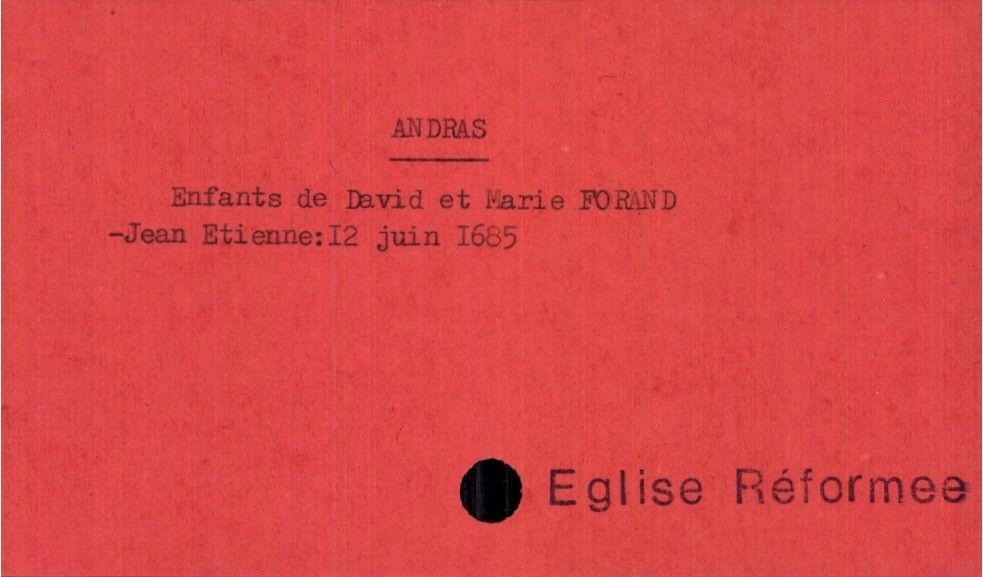
type_acte: Baptême
observations: Eglise Réformee
filiation: fils
enfant_prénom: Jean Etienne
enfant_date_de_naissance: 12 juin 1685
père_enfant_nom: Andras
père_enfant_prénom: David
mère_enfant_nom: Forand
mère_enfant_prénom: Marie